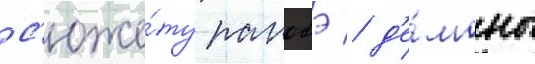
с'юже́ту ранобэ / д'е́моны